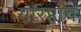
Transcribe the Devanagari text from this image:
गरिष्ठाय